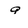
Character: 9